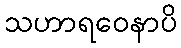
သဟာရဝေနာပိ